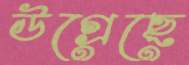
উগ্‌রেছে